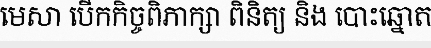
មេសា បើកកិច្ចពិភាក្សា ពិនិត្យ និង បោះឆ្នោត